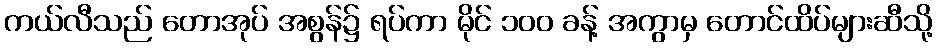
ကယ်လီသည် တောအုပ် အစွန်၌ ရပ်ကာ မိုင် ၁၀၀ ခန့် အကွာမှ တောင်ထိပ်များဆီသို့